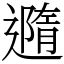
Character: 䢫